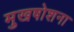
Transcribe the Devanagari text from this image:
मुखषोशना